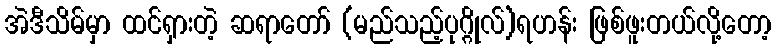
အဲဒီသိမ်မှာ ထင်ရှားတဲ့ ဆရာတော် (မည်သည့်ပုဂ္ဂိုလ်)ရဟန်း ဖြစ်ဖူးတယ်လို့တော့